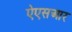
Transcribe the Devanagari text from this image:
ऐएसआर